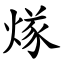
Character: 煫